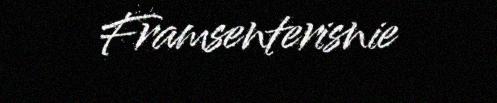
Framsenterisnie